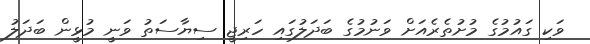
ވަކި ގައުމުގެ މުށުތެރެއަށް ވަނުމުގެ ބަދަލުގައި ހަރިޖީ ސިޔާސަތު ވަނީ މުޅީން ބަދަލު